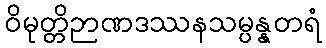
ဝိမုတ္တိဉာဏဒဿနသမ္ပန္နတရံ